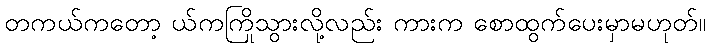
တကယ်ကတော့ ယ်ကကြိုသွားလို့လည်း ကားက စောထွက်ပေးမှာမဟုတ်။